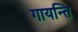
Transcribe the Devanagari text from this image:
गायन्ति